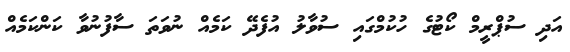
އަދި ސުޕްރީމް ކޯޓުގެ ހުކުމްގައި ސުވާލު އުފެދޭ ކަމެއް ނުވަތަ ސާފުނުވާ ކަންކަމެއް